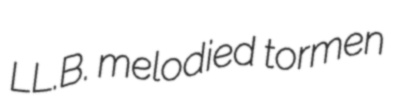
LL.B. melodied tormen